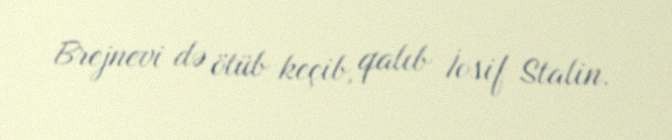
Brejnevi də ötüb keçib, qalıb İosif Stalin.